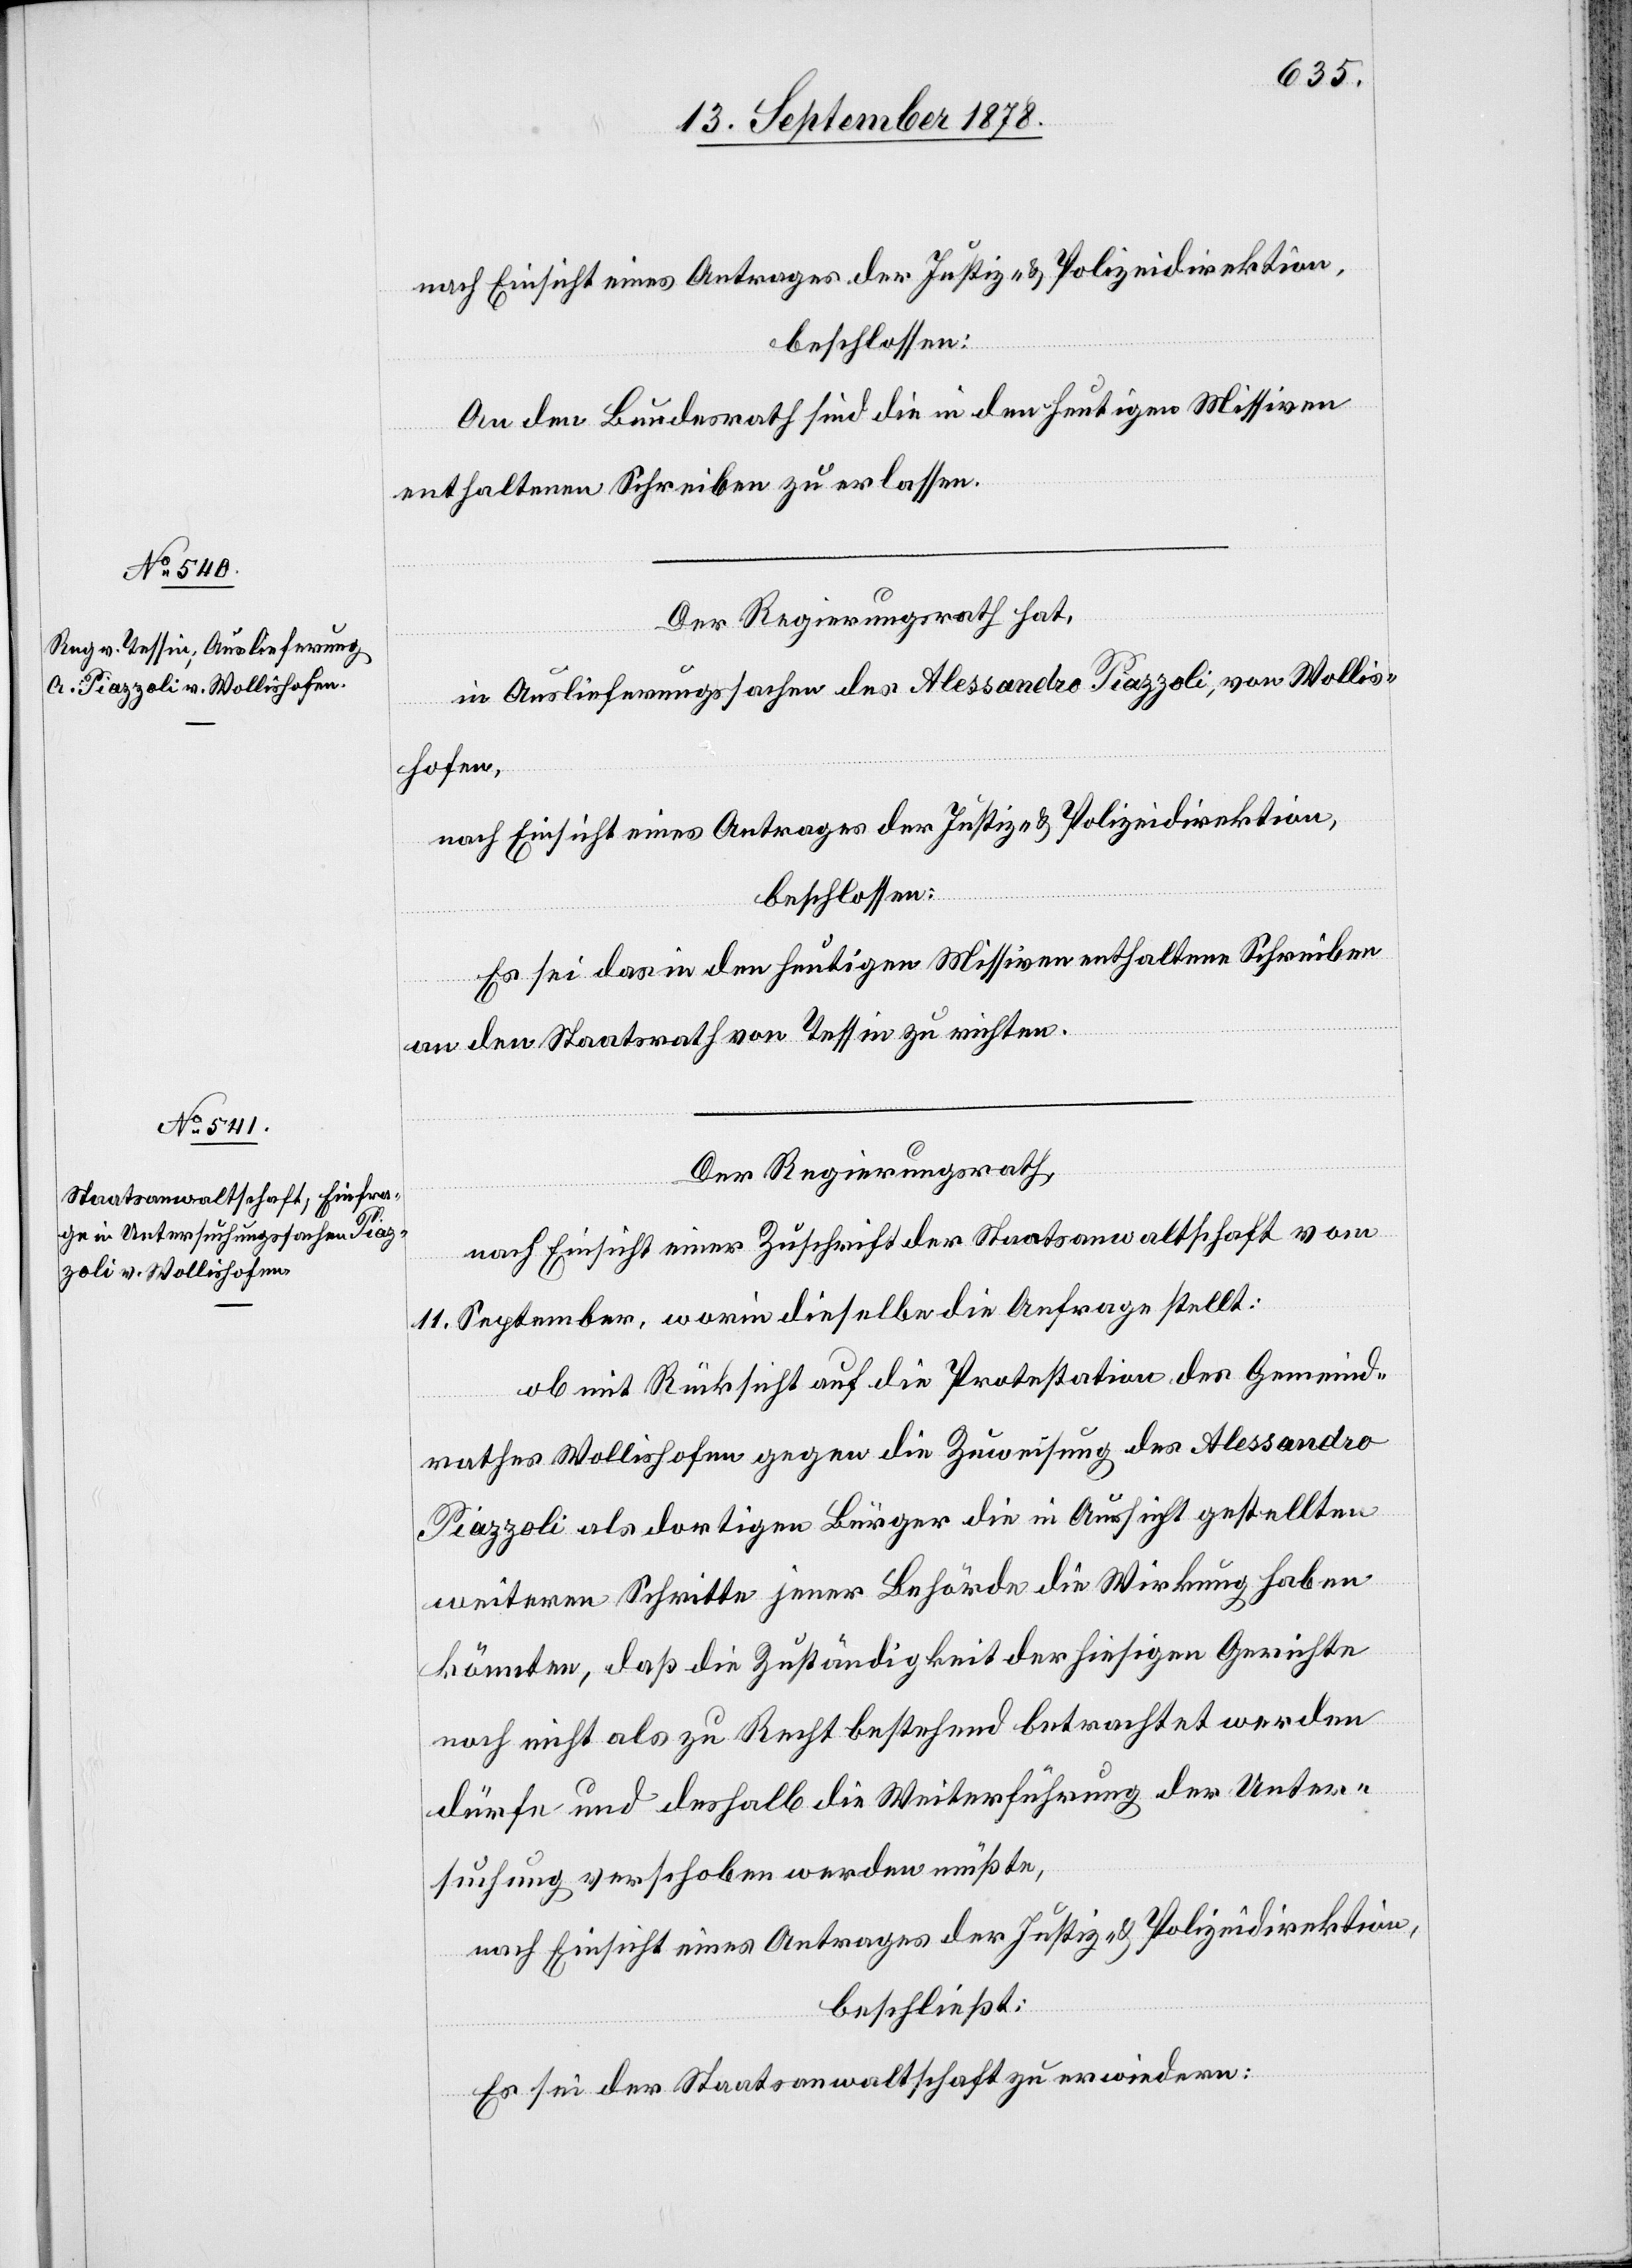
14. September 1878.]
nach Einsicht eines Antrages der Justiz- & Polizeidirektion,
beschlossen:
An den Bundesrath sind die in den heutigen Missiven
enthaltenen Schreiben zu erlassen.
Der Regierungsrath hat,
in Auslieferungssachen des Alessandro Piazzoli, von Wollis¬
hofen,
nach Einsicht eines Antrages der Justiz- & Polizeidirektion,
beschlossen:
Es sei das in den heutigen Missiven enthaltene Schreiben
an den Staatsrath von Tessin zu richten.
Der Regierungsrath,
nach Einsicht einer Zuschrift der Staatsanwaltschaft vom
11. September, worin dieselbe die Anfrage stellt:
ob mit Rücksicht auf die Protestation des Gemeind¬
rathes Wollishofen gegen die Zuweisung des Alessandro
Piazzoli als dortigen Bürger die in Aussicht gestellten
weiteren Schritte jener Behörde die Wirkung haben
könnten, daß die Zuständigkeit der hiesigen Gerichte
noch nicht als zu Recht bestehend betrachtet werden
dürfe und deshalb die Weiterführung der Unter¬
suchung verschoben werden müßte,
nach Einsicht eines Antrages der Justiz- & Polizeidirektion,
beschließt:
Es sei der Staatsanwaltschaft zu erwiedern: